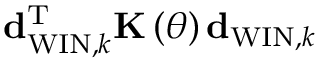
{ \bf d } _ { \mathrm { W I N } , k } ^ { \mathrm { T } } { \bf K } \left( \theta \right) { \bf d } _ { \mathrm { W I N } , k }